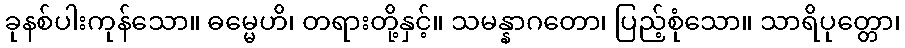
ခုနစ်ပါးကုန်သော။ ဓမ္မေဟိ၊ တရားတို့နှင့်။ သမန္နာဂတော၊ ပြည့်စုံသော။ သာရိပုတ္တော၊